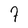
Character: 7